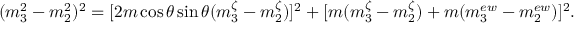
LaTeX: ( m _ { 3 } ^ { 2 } - m _ { 2 } ^ { 2 } ) ^ { 2 } = [ 2 m \cos \theta \sin \theta ( m _ { 3 } ^ { \zeta } - m _ { 2 } ^ { \zeta } ) ] ^ { 2 } + [ m ( m _ { 3 } ^ { \zeta } - m _ { 2 } ^ { \zeta } ) + m ( m _ { 3 } ^ { e w } - m _ { 2 } ^ { e w } ) ] ^ { 2 } .